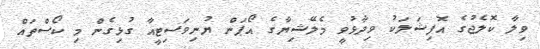
ވިލާ ކޮލެޖުގެ އޮފިޝަލަކު ވިދާޅުވީ މެލޭޝިޔާގެ އޯޕަން ޔުނިވަސިޓީއާ ގުޅިގެން މި ކޯސްތައް